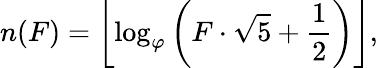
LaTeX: n(F)=\left\lfloor\log_{\varphi}\left(F\cdot{\sqrt{5}}+{\frac{1}{2}}\right)\right\rfloor,